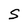
Character: S